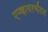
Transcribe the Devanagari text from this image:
एन्व्हायरन्मेंटल